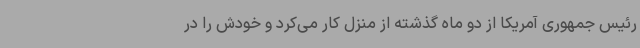
رئیس جمهوری آمریکا از دو ماه گذشته از منزل کار می‌کرد و خودش را در